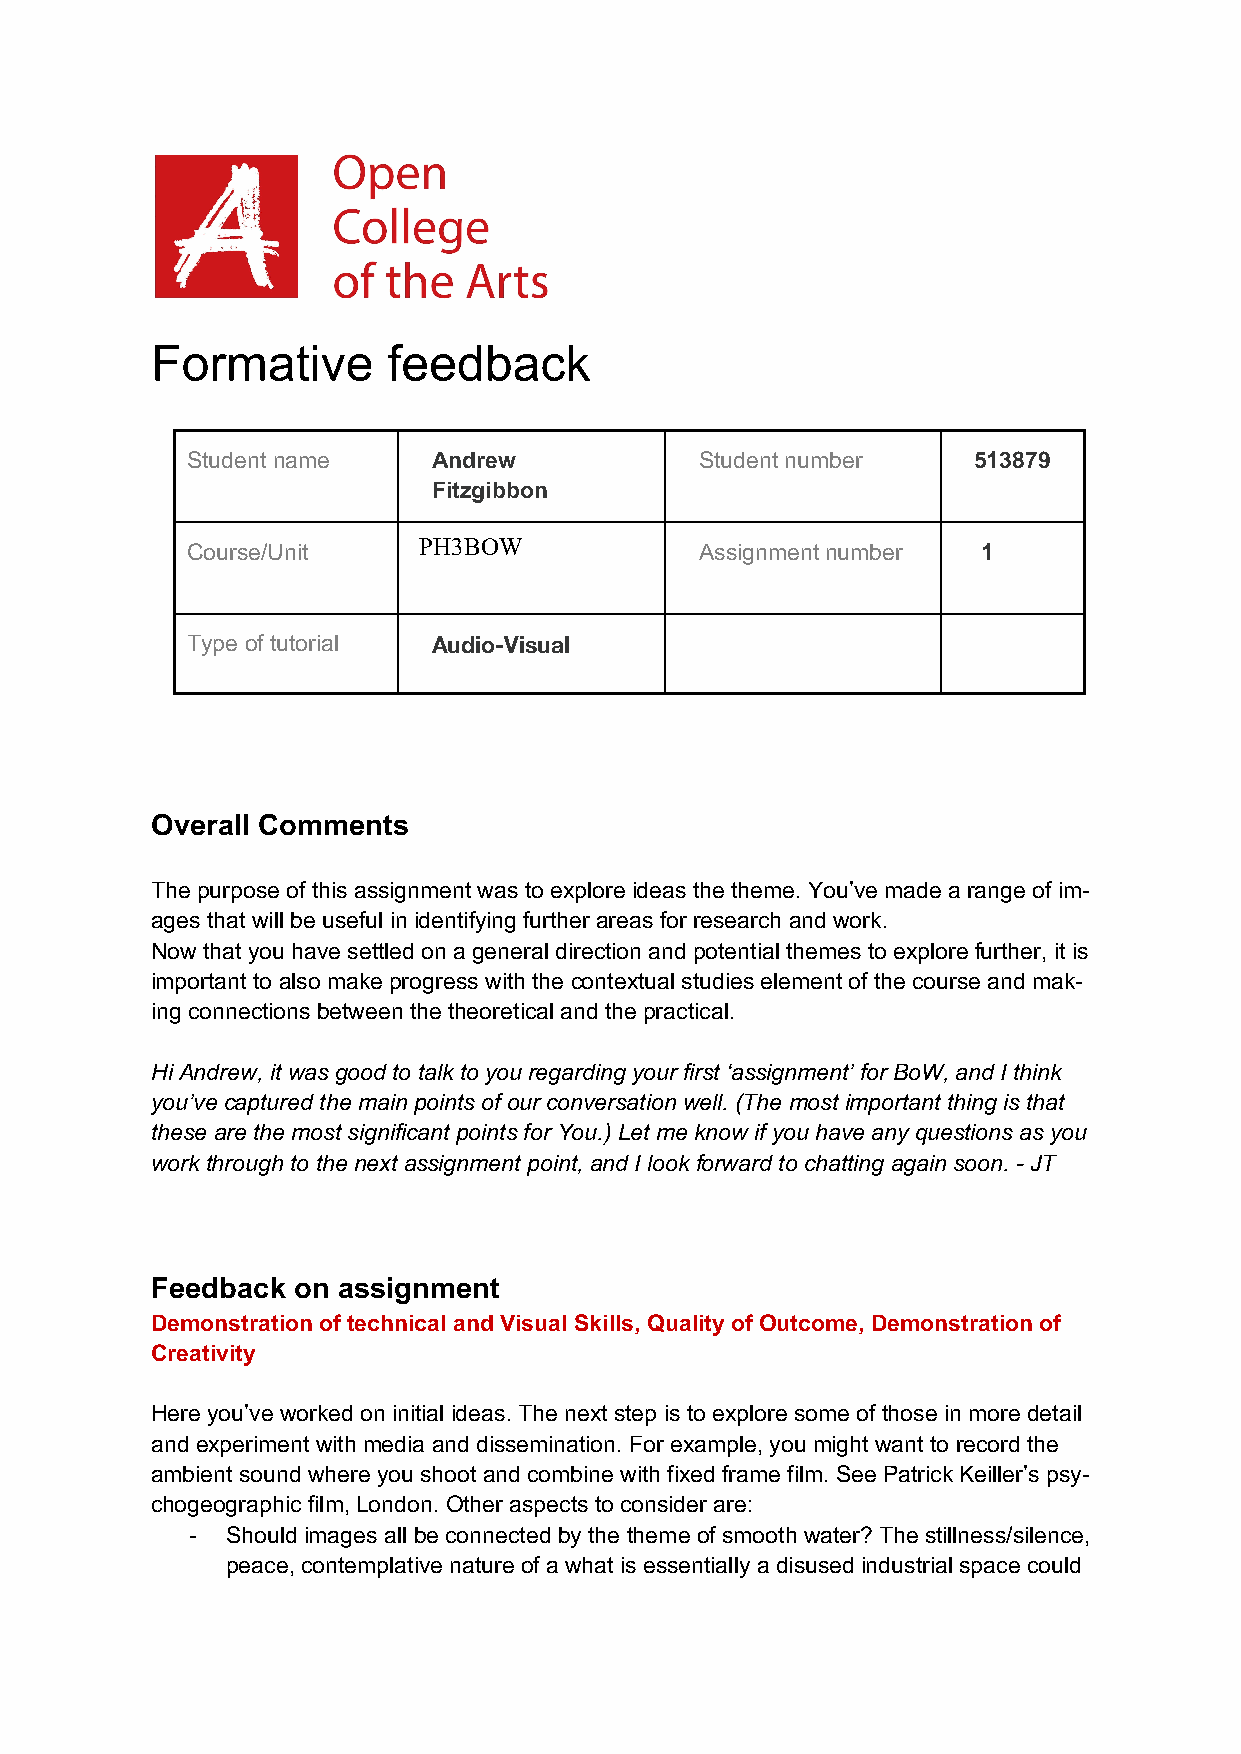
Formative       feedback
 Student name     Andrew           Student number    5 13879
 Fitzgibbon
 PH3BOW
 Course/Unit                       Assignment number  1
 Type of tutorial Audio-Visual
 Overall Comments
 The purpose of this assignment was to explore ideas the theme. You’ve made a range of im-
 ages that will be useful in identifying further areas for research and work.
 Now that you have settled on a general direction and potential themes to explore further, it is
 important to also make progress with the contextual studies element of the course and mak-
 ing connections between the theoretical and the practical.
 Hi Andrew, it was good to talk to you regarding your first ‘assignment’ for BoW, and I think
 you’ve captured the main points of our conversation well. (The most important thing is that
 these are the most significant points for You.) Let me know if you have any questions as you
 work through to the next assignment point, and I look forward to chatting again soon. - JT
 Feedback on assignment
 Demonstration of technical and Visual Skills, Quality of Outcome, Demonstration of
 Creativity
 Here you’ve worked on initial ideas. The next step is to explore some of those in more detail
 and experiment with media and dissemination. For example, you might want to record the
 ambient sound where you shoot and combine with fixed frame film. See Patrick Keiller’s psy-
 chogeographic film, London. Other aspects to consider are:
 -  Should images all be connected by the theme of smooth water? The stillness/silence,
 peace, contemplative nature of a what is essentially a disused industrial space could